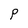
Character: P